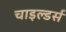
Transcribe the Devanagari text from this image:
चाइल्डर्स